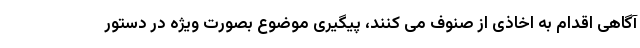
آگاهی اقدام به اخاذی از صنوف می کنند، پیگیری موضوع بصورت ویژه در دستور